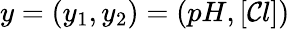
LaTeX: y=(y_{1},y_{2})=(pH,[\mathcal{C}l])